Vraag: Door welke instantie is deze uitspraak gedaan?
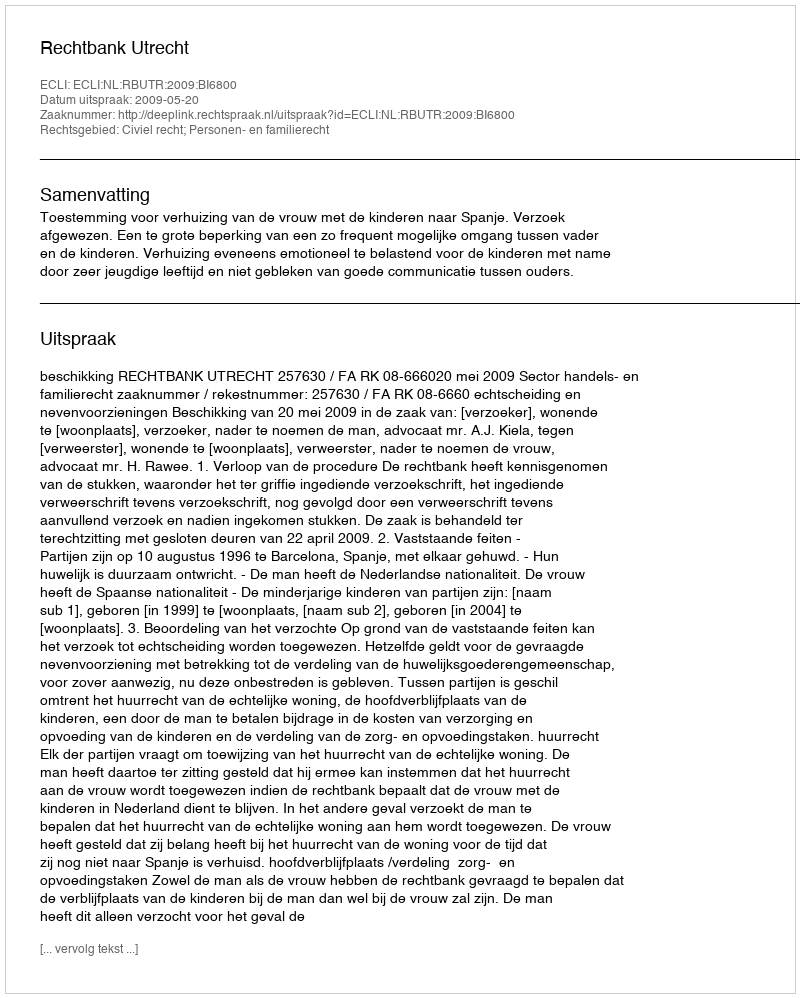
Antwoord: Rechtbank Utrecht